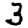
Digit: 3